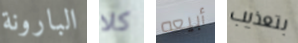
البارونة كلا أبيعه بتعذيب